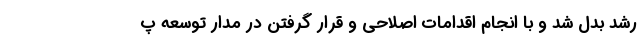
رشد بدل شد و با انجام اقدامات اصلاحی و قرار گرفتن در مدار توسعه پ